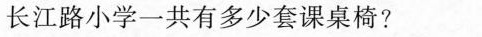
长江路小学一共有多少套课桌椅?